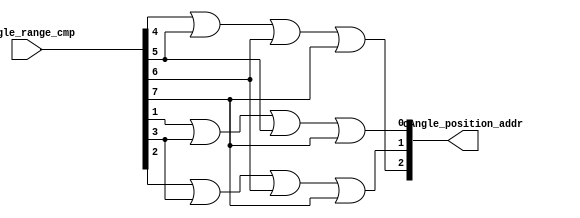
module cordic_fixedpoint_anglenormalize_encoder
(	input	[7:0] 	iAngle_range_cmp,
	output	[2:0]	oAngle_position_addr
);

assign 	oAngle_position_addr[0]	= iAngle_range_cmp[1] | iAngle_range_cmp[3] | iAngle_range_cmp[5]	| iAngle_range_cmp[7];

assign 	oAngle_position_addr[1]	= iAngle_range_cmp[2] | iAngle_range_cmp[3] | iAngle_range_cmp[6]	| iAngle_range_cmp[7];

assign 	oAngle_position_addr[2]	= iAngle_range_cmp[4] | iAngle_range_cmp[5] | iAngle_range_cmp[6]	| iAngle_range_cmp[7];

endmodule